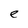
Character: e